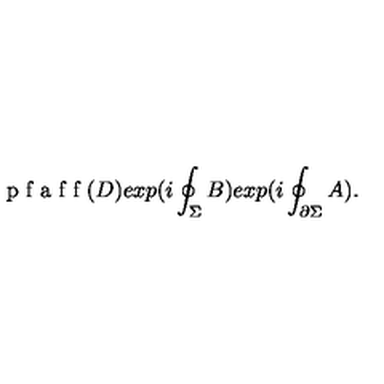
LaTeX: \textup { p f a f f } ( D ) e x p ( i \oint _ { \Sigma } B ) e x p ( i \oint _ { \partial \Sigma } A ) .